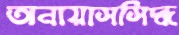
অনায়াসসিদ্ধ